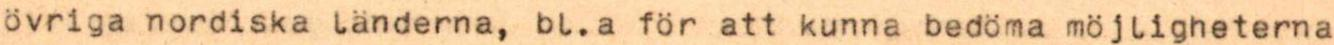
övriga nordiska länderna, bl.a för att kunna bedöma möjligheterna